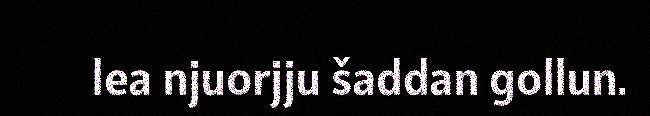
lea njuorjju šaddan gollun.